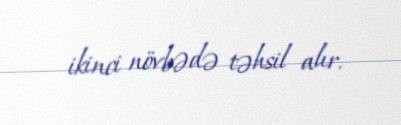
ikinci növbədə təhsil alır.